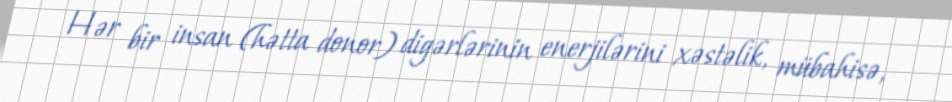
Hər bir insan (hətta donor) digərlərinin enerjilərini xəstəlik, mübahisə,